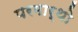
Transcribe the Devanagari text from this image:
परमार्थो